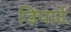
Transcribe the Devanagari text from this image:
डिपार्ट